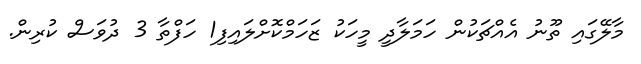
މާލޭގައި ތޫނު އެއްޗަކުން ހަމަލާދީ މީހަކު ޒަހަމްކޮށްލައިފި1 ހަފްތާ 3 ދުވަސް ކުރިން.